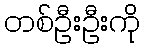
တစ်ဦးဦးကို